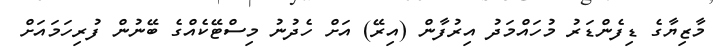
މާޒިޔާގެ ޑިފެންޑަރު މުހައްމަދު އިރުފާން (އިރޭ) އަށް ހެދުނު މިސްޓޭކެއްގެ ބޭނުން ފުރިހަމައަށް